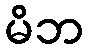
မိဘ